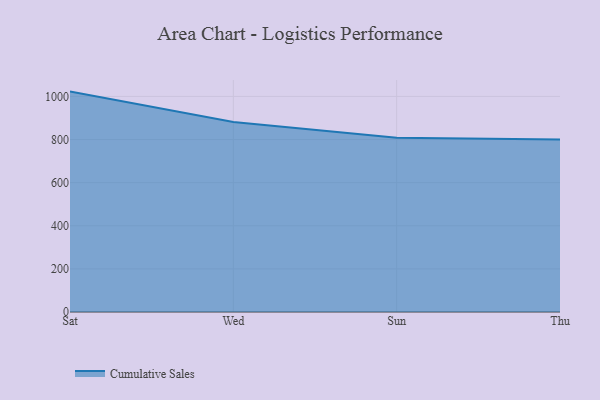
{"axis": {"x": "Day", "y": "Page Views"}, "legend": ["Cumulative Sales"], "data": [{"x": "Sat", "y": 1022.3, "type": "Cumulative Sales"}, {"x": "Wed", "y": 881.5, "type": "Cumulative Sales"}, {"x": "Sun", "y": 808.1, "type": "Cumulative Sales"}, {"x": "Thu", "y": 800, "type": "Cumulative Sales"}]}